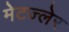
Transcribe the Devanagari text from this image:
मेटज्लेर